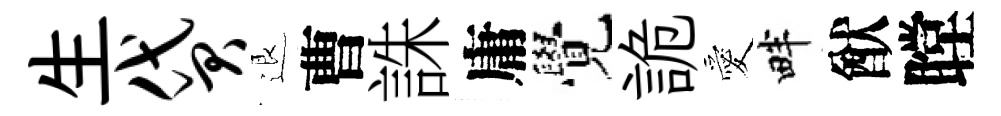
生贷退曹誅庸覺詭愛畔猷瞠